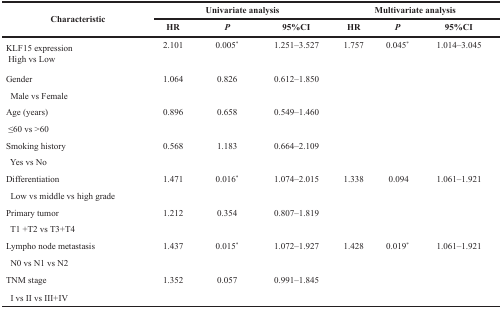
<table><thead><tr><td rowspan="2"><b>Characteristic</b></td><td colspan="3"><b>Univariate analysis</b></td><td colspan="3"><b>Multivariate analysis</b></td></tr><tr><td><b>HR</b></td><td><b><i>P</i></b></td><td><b>95%CI</b></td><td><b>HR</b></td><td><b><i>P</i></b></td><td><b>95%CI</b></td></tr></thead><tbody><tr><td>KLF15 expression High vs Low</td><td>2.101</td><td>0.005*</td><td>1.251–3.527</td><td>1.757</td><td>0.045*</td><td>1.014–3.045</td></tr><tr><td>Gender</td><td>1.064</td><td>0.826</td><td>0.612–1.850</td><td></td><td></td><td></td></tr><tr><td> Male vs Female</td><td></td><td></td><td></td><td></td><td></td><td></td></tr><tr><td>Age (years)</td><td>0.896</td><td>0.658</td><td>0.549–1.460</td><td></td><td></td><td></td></tr><tr><td> ≤60 vs &gt;60</td><td></td><td></td><td></td><td></td><td></td><td></td></tr><tr><td>Smoking history</td><td>0.568</td><td>1.183</td><td>0.664–2.109</td><td></td><td></td><td></td></tr><tr><td> Yes vs No</td><td></td><td></td><td></td><td></td><td></td><td></td></tr><tr><td>Differentiation</td><td>1.471</td><td>0.016*</td><td>1.074–2.015</td><td>1.338</td><td>0.094</td><td>1.061–1.921</td></tr><tr><td> Low vs middle vs high grade</td><td></td><td></td><td></td><td></td><td></td><td></td></tr><tr><td>Primary tumor</td><td>1.212</td><td>0.354</td><td>0.807–1.819</td><td></td><td></td><td></td></tr><tr><td> T1 +T2 vs T3+T4</td><td></td><td></td><td></td><td></td><td></td><td></td></tr><tr><td>Lympho node metastasis</td><td>1.437</td><td>0.015*</td><td>1.072–1.927</td><td>1.428</td><td>0.019*</td><td>1.061–1.921</td></tr><tr><td> N0 vs N1 vs N2</td><td></td><td></td><td></td><td></td><td></td><td></td></tr><tr><td>TNM stage</td><td>1.352</td><td>0.057</td><td>0.991–1.845</td><td></td><td></td><td></td></tr><tr><td> I vs II vs III+IV</td><td></td><td></td><td></td><td></td><td></td><td></td></tr></tbody></table>